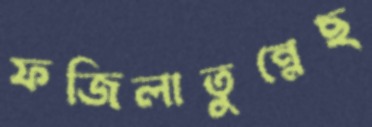
ফজিলাতুন্নেছ